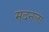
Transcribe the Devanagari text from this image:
मदनला